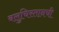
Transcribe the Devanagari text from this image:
बलुचिस्तानची